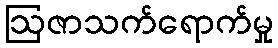
ဩဇာသက်ရောက်မှု